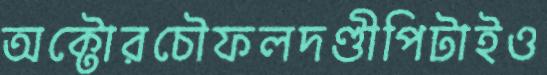
অক্টোরচৌফলদণ্ডীপিটাইও